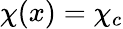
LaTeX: {\chi(x)=\chi_{c}}